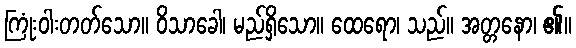
ကြုံးဝါးတတ်သော။ ဝိသာခေါ၊ မည်ရှိသော။ ထေရော၊ သည်။ အတ္တနော၊ ၏။